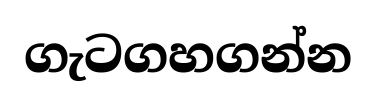
ගැටගහගන්න